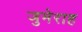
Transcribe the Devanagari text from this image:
जुमेराह